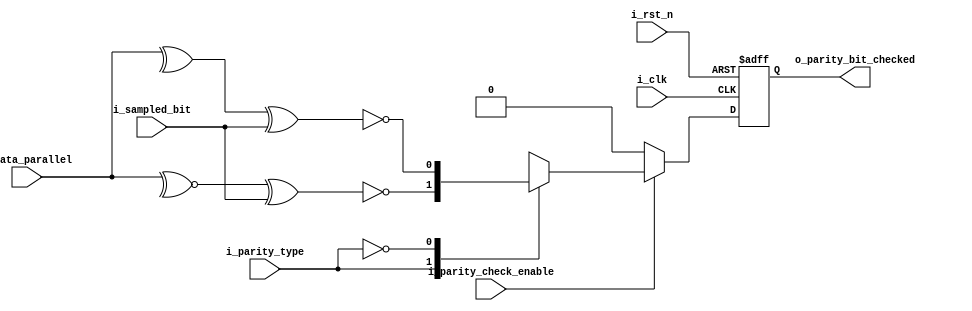
module Parity_Check 
#(parameter DATA_WIDTH  =   8)
    (
    output  reg                         o_parity_bit_checked,
    input   wire                        i_parity_check_enable,
    input   wire                        i_parity_type,
    input   wire    [DATA_WIDTH-1:0]    i_data_parallel,
    input   wire                        i_sampled_bit,
    input   wire                        i_clk,
    input   wire                        i_rst_n
    );
    
    always @(posedge i_clk or negedge i_rst_n)
        begin

            if (!i_rst_n)
                o_parity_bit_checked<=1'b0;

            else
                begin

                    if (i_parity_check_enable)
                        begin

                            case (i_parity_type) 
                            1'b1    :   o_parity_bit_checked<=~(~^i_data_parallel     ^   i_sampled_bit);  
                            1'b0    :   o_parity_bit_checked<=~(^i_data_parallel    ^   i_sampled_bit);
                            endcase

                        end
                    
                    else
                        o_parity_bit_checked<=1'b0;
                end
        end
endmodule